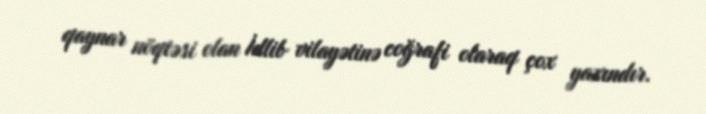
qaynar nöqtəsi olan İdlib vilayətinə coğrafi olaraq çox yaxındır.